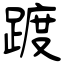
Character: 踱